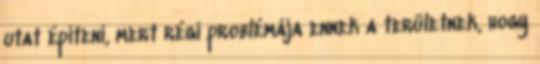
utat építeni, mert régi problémája ennek a területnek, hogy